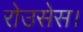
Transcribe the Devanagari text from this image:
रोउसेस।